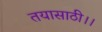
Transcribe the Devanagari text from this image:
तयासाठी।।